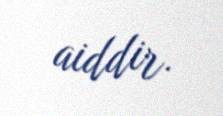
aiddir.